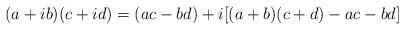
LaTeX: \begin{align*}(a + ib)(c+ id) = (ac - bd) + i [(a+b)(c+d) -ac -bd] \end{align*}